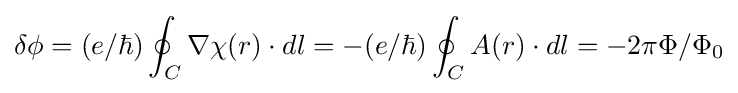
\delta \phi =(e/\hbar )\oint _{C}\nabla \chi (r)\cdot dl=-(e/\hbar )\oint _{C}A(r)\cdot dl=-2\pi \Phi /\Phi _{0}